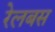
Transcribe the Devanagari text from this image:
रेलबस